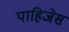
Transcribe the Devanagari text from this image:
पाहिजेस